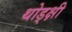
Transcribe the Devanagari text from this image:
थोड्क्षी